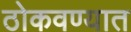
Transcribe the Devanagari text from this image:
ठोकवण्यात